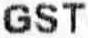
GST